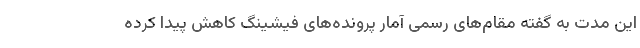
این مدت به گفته مقام‌های رسمی آمار پرونده‌های فیشینگ کاهش پیدا کرده